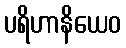
ပရိဟာနိယေဝ